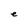
Character: e